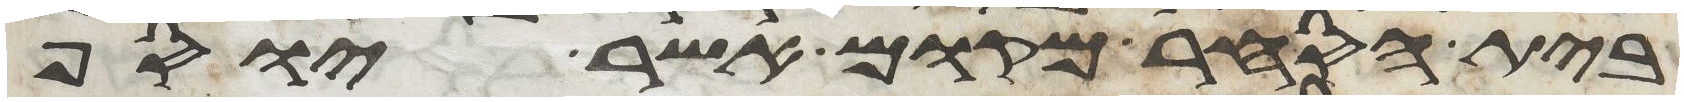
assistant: בית הסחר מקום אשר יוסף